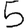
Digit: 5